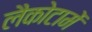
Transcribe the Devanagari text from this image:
लैकोटामें